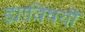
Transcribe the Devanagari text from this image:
ह्याविषयीं